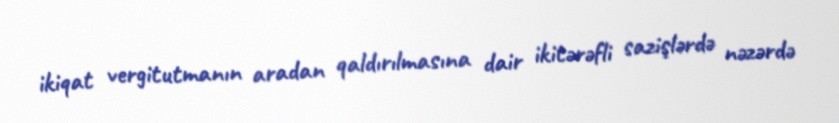
ikiqat vergitutmanın aradan qaldırılmasına dair ikitərəfli sazişlərdə nəzərdə